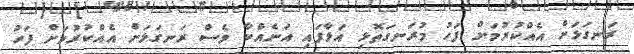
ރަނގަޅަށް އެއްކުރުމަށް ފަހު މުރަނގަތޮޅި އަޅާފައި އަނެއްކާ ވެސް ރަނގަޅަށް އެއްކުރުމަށް ފަހު